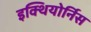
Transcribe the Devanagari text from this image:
इक्थियोर्निस